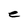
Character: e